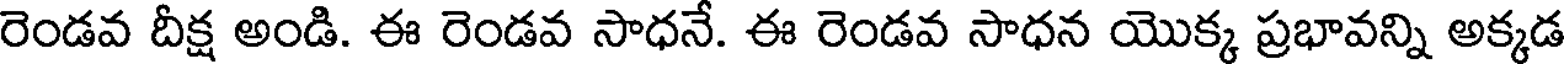
రెండవ దీక్ష అండి. ఈ రెండవ సాధనే. ఈ రెండవ సాధన యొక్క ప్రభావన్ని అక్కడ